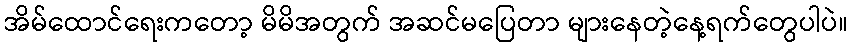
အိမ်ထောင်ရေးကတော့ မိမိအတွက် အဆင်မပြေတာ များနေတဲ့နေ့ရက်တွေပါပဲ။